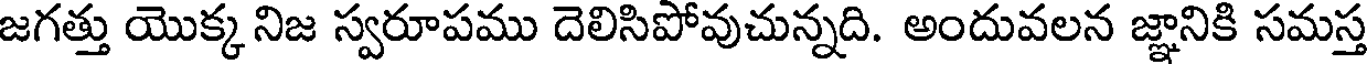
జగత్తు యొక్క నిజ స్వరూపము దెలిసిపోవుచున్నది. అందువలన జ్ఞానికి సమస్త